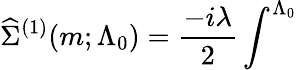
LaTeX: \widehat{\Sigma}^{(1)}(m;\Lambda_{0})=\frac{-i\lambda}2\int^{\Lambda_{0}}